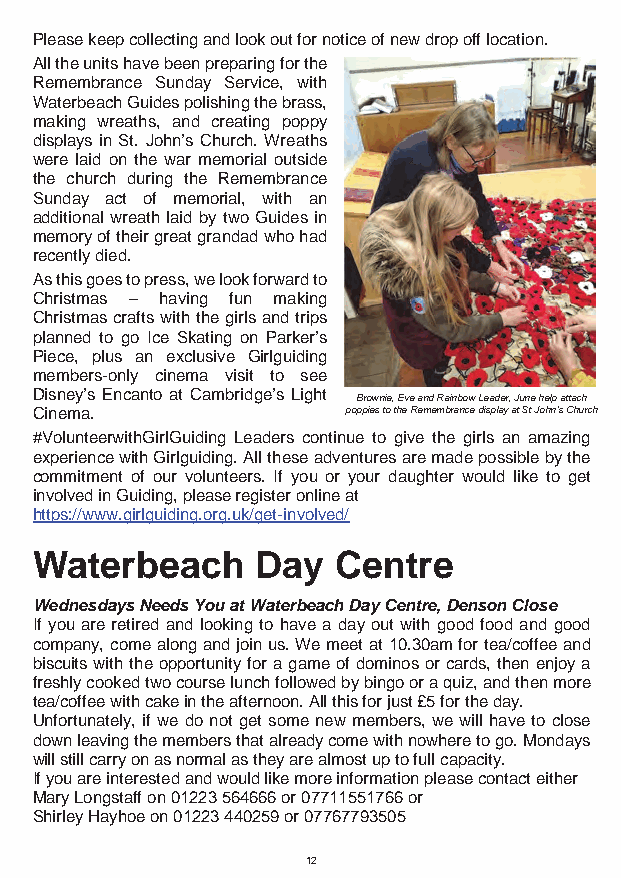
Please keep collecting and look out for notice of new drop off location.
 All the units have been preparing for the
 Remembrance Sunday Service, with
 Waterbeach Guides polishing the brass,
 making wreaths, and creating poppy
 displays in St. John’s Church. Wreaths
 were laid on the war memorial outside
 the church during the Remembrance
 Sunday act of memorial, with an
 additional wreath laid by two Guides in
 memory of their great grandad who had
 recently died.
 As this goes to press, we look forward to
 Christmas – having fun making
 Christmas crafts with the girls and trips
 planned to go Ice Skating on Parker’s
 Piece, plus an exclusive Girlguiding
 members-only cinema visit to see
 Disney’s Encanto at Cambridge’s Light
 Brownie, Eve and Rainbow Leader, June help attach
 Cinema.              poppies to the Remembrance display at St John’s Church
 #VolunteerwithGirlGuiding Leaders continue to give the girls an amazing
 experience with Girlguiding. All these adventures are made possible by the
 commitment of our volunteers. If you or your daughter would like to get
 involved in Guiding, please register online at
 https://www.girlguiding.org.uk/get-involved/
 Waterbeach     Day  Centre
 Wednesdays Needs You at Waterbeach Day Centre, Denson Close
 If you are retired and looking to have a day out with good food and good
 company, come along and join us. We meet at 10.30am for tea/coffee and
 biscuits with the opportunity for a game of dominos or cards, then enjoy a
 freshly cooked two course lunch followed by bingo or a quiz, and then more
 tea/coffee with cake in the afternoon. All this for just £5 for the day.
 Unfortunately, if we do not get some new members, we will have to close
 down leaving the members that already come with nowhere to go. Mondays
 will still carry on as normal as they are almost up to full capacity.
 If you are interested and would like more information please contact either
 Mary Longstaff on 01223 564666 or 07711551766 or
 Shirley Hayhoe on 01223 440259 or 07767793505
 12